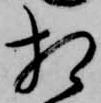
相